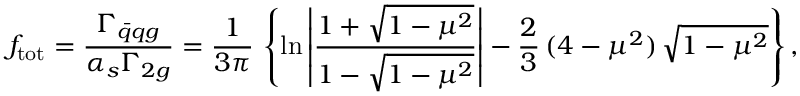
f _ { \mathrm { t o t } } = \frac { \Gamma _ { \bar { q } q g } } { \alpha _ { s } \Gamma _ { 2 g } } = \frac { 1 } { 3 \pi } \, \left\{ \ln \left| \frac { 1 + \sqrt { 1 - \mu ^ { 2 } } } { 1 - \sqrt { 1 - \mu ^ { 2 } } } \right| - \frac { 2 } { 3 } \, ( 4 - \mu ^ { 2 } ) \, \sqrt { 1 - \mu ^ { 2 } } \right\} ,